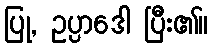
ပြု, ဥပ္ပာဒေါ ပြီး၏။